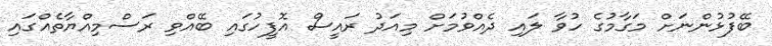
ބޭފުޅުންނަށް މަގާމުގެ ހުވާ ލައި ދެއްވުމަށް މިއަދު ރައީސް އޮފީހުގައި ބޭއްވި ރަސްމިއްޔާތެއްގައި